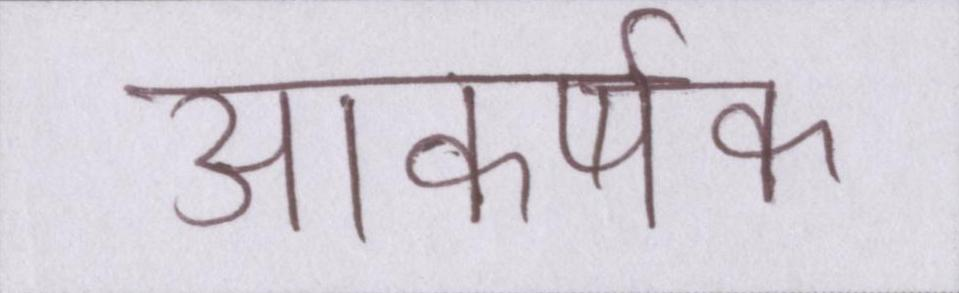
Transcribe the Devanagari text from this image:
आकर्षक